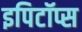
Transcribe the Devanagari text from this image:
इपिटॉप्स